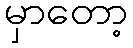
မှာတော့